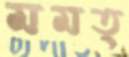
মমত্